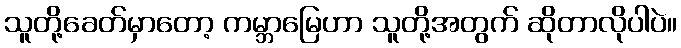
သူတို့ခေတ်မှာတော့ ကမ္ဘာမြေဟာ သူတို့အတွက် ဆိုတာလိုပါပဲ။